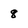
Character: 8